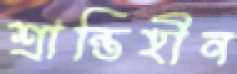
শ্রান্তিহীন